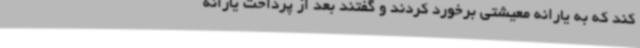
کند که به یارانه معیشتی برخورد کردند و گفتند بعد از پرداخت یارانه